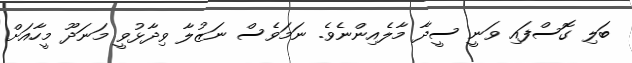
ބަލި ގޮސްފައި ވަނީ ސީދާ މާލެއިންނެވެ. ނަމަވެސް ނަޒުލާ ވިދާޅުވީ މަނަދޫ މީހާއަށް